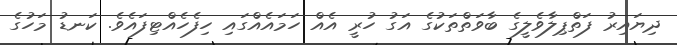
ދިޔައިރު ފަތްޕިލާވެލީގެ ބާވަތްތަކުގެ އަގު ހުރީ އެއް ހަމައެއްގައި ހިފެހެއްޓިފައެވެ. ކަނޑު މަހުގެ